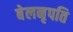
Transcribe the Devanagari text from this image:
बेलनृपति